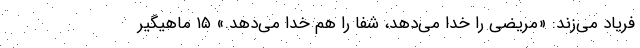
فریاد می‌زند: «مریضی را خدا می‌دهد، شفا را هم خدا می‌دهد.» ۱۵ ماهیگیر